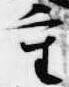
重